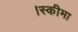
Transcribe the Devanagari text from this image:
।स्कीमा